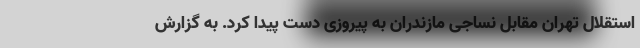
استقلال تهران مقابل نساجی مازندران به پیروزی دست پیدا کرد. به گزارش